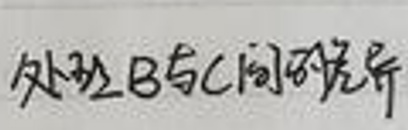
处理B与C间的差异